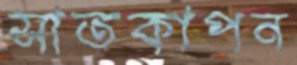
সাতকাপন